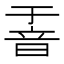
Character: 𮧶